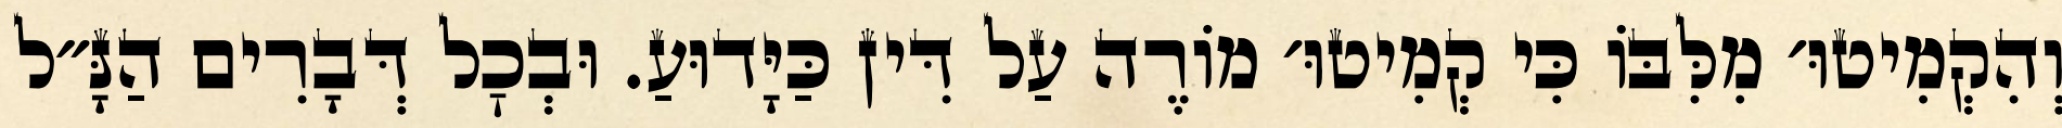
וְהִקְמִיטוּ׳ מִלִּבּוֹ כִּי קְמִיטוּ׳ מוֹרֶה עַל דִּין כַּיָּדוּעַ. וּבְכׇל דְּבָרִים הַנָּ״ל